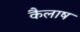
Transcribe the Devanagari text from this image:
कैलाष